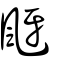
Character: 颬